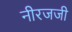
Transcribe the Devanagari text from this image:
नीरजजी